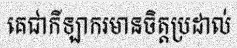
គេជាកីឡាករមានចិត្តប្រដាល់